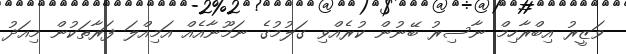
ވަޒީރު އިބްރާހިމް ނާސިރު ބޭނުން ކުރެއްވި ގަލުމުގެ ނަމޫނާއެއް އަމިއްލަ ފަރާތަކުން މިއަދު